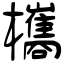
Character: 欈